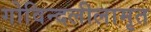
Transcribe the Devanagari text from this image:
गोविन्दलीलामृत